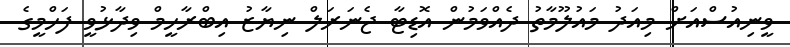
ވީނިއުސްއަށް މިއަދު މައުލޫމާތު ދެއްވަމުން އޮޑިޓާ ޖެނަރަލް ނިޔާޒު އިބްރާހީމް ވިދާޅުވީ ފަހްމީގެ